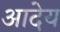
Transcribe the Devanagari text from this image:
आदेय